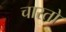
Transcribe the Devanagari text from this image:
चारतो